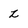
Character: l